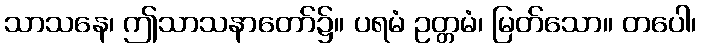
သာသနေ၊ ဤသာသနာတော်၌။ ပရမံ ဥတ္တမံ၊ မြတ်သော။ တပေါ၊